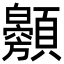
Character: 𩕰